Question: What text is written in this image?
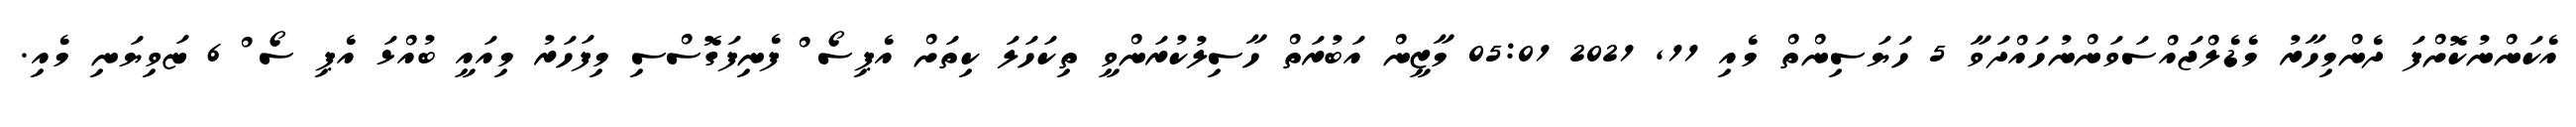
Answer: އެކަންނުކޮށްފަ ދެންމިހާރު މެޑެލްޖައްސަވަންނުހައްދަވާ 5 ހަޔަސިންތް މެއި 11, 2021 05:01 މާޒީން އަބުރަތް ހާސިލުކުރަންވީ ތިކަހަލަ ކިތަށް އެޕިސޯޱް ފެނިފަގޮސްސި މިފަހަރު މިއައީ ބުއްޅަ އެޕި ސޯޱް 6 ޏަވިޔަނި މެއި.